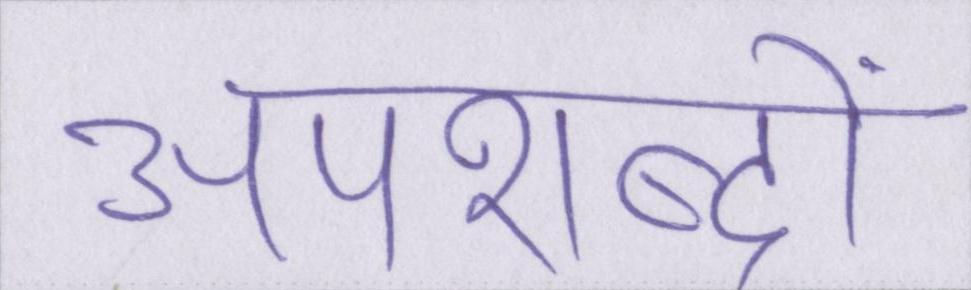
अपशब्दों